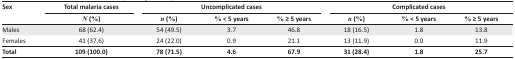
<table><thead><tr><td rowspan="2"><b>Sex</b></td><td><b>Total malaria cases</b></td><td colspan="3"><b>Uncomplicated cases</b></td><td colspan="3"><b>Complicated cases</b></td></tr><tr><td><b><i>N</i> (%)</b></td><td><b><i>n</i> (%)</b></td><td><b>% &lt; 5 years</b></td><td><b>% ≥ 5 years</b></td><td><b><i>n</i> (%)</b></td><td><b>% &lt; 5 years</b></td><td><b>% ≥ 5 years</b></td></tr></thead><tbody><tr><td>Males</td><td>68 (62.4)</td><td>54 (49.5)</td><td>3.7</td><td>46.8</td><td>18 (16.5)</td><td>1.8</td><td>13.8</td></tr><tr><td>Females</td><td>41 (37.6)</td><td>24 (22.0)</td><td>0.9</td><td>21.1</td><td>13 (11.9)</td><td>0.0</td><td>11.9</td></tr><tr><td><b>Total</b></td><td><b>109 (100.0)</b></td><td><b>78 (71.5)</b></td><td><b>4.6</b></td><td><b>67.9</b></td><td><b>31 (28.4)</b></td><td><b>1.8</b></td><td><b>25.7</b></td></tr></tbody></table>